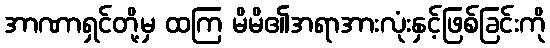
အာဏာရှင်တို့မှ ထကြ မိမိ၏အရာအားလုံးနှင့်ဖြစ်ခြင်းကို